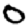
Digit: 0